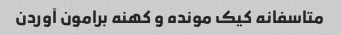
متاسفانه کیک مونده و کهنه برامون آوردن